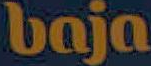
baja